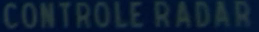
CONTROLE RADAR